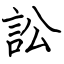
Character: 訟